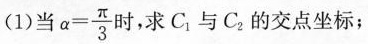
(1)当$$α = \frac { π } { 3 }$$ 时，求C.与Ca的交点坐标；